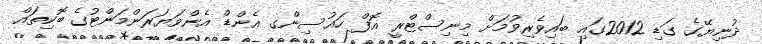
ދުނިޔޭގެ ގަޑި 2012ގައި ބައިވެރިވުމަށް މިނިސްޓްރީ އޮފް ހައުސިންގ އެންޑް އެންވަޔަރަންމަންޓުގެ ބޮކިތައް